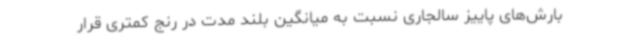
بارش‌های پاییز سالجاری نسبت به میانگین بلند مدت در رنج کمتری قرار